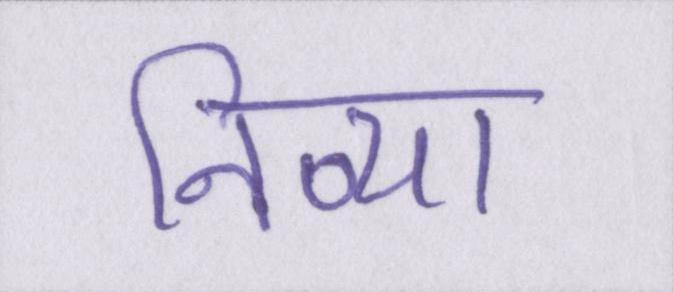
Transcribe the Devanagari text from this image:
निव्या